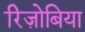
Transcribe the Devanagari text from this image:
रिज़ोबिया